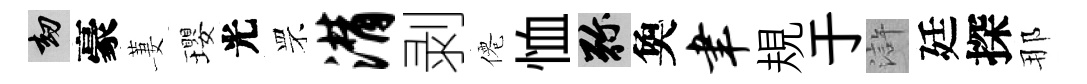
劫豪萋瓔光罘潸剥僊恤弥奐聿規于滸廷探那